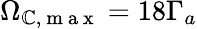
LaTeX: \Omega_{\mathbb{C},\mathrm{{~m~a~x~}}}=18\Gamma_{a}